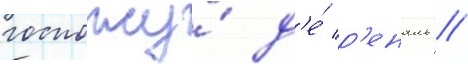
госпожу́ д'е́ р'еналь //